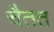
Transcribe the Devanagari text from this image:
चैतत